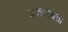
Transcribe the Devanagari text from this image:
प्रकारेघेता